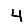
Digit: 4